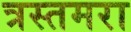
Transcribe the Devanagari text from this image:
त्रस्तमरा